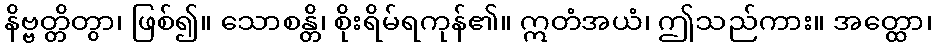
နိဗ္ဗတ္တိတွာ၊ ဖြစ်၍။ သောစန္တိ၊ စိုးရိမ်ရကုန်၏။ ဣတံအယံ၊ ဤသည်ကား။ အတ္ထော၊